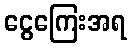
ငွေကြေးအရ